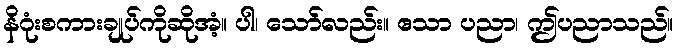
နိဂုံးစကားချုပ်ကိုဆိုအံ့။ ပါ၊ သော်လည်း။ ဧသာ ပညာ၊ ဤပညာသည်။